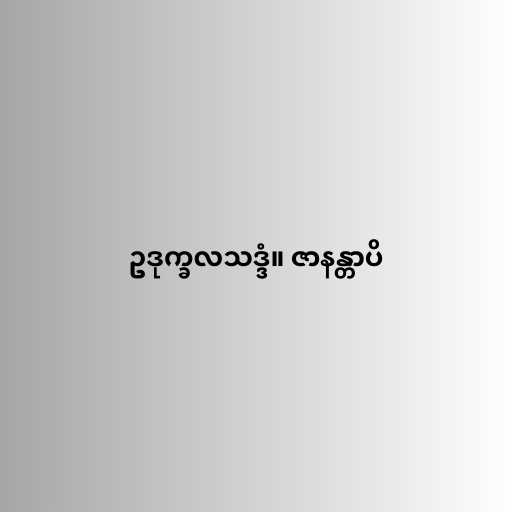
ဥဒုက္ခလသဒ္ဒံ။ ဇာနန္တာပိ